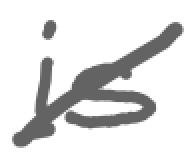
Text: is
Cross-out: diagonal
Writing tool: digital_gray